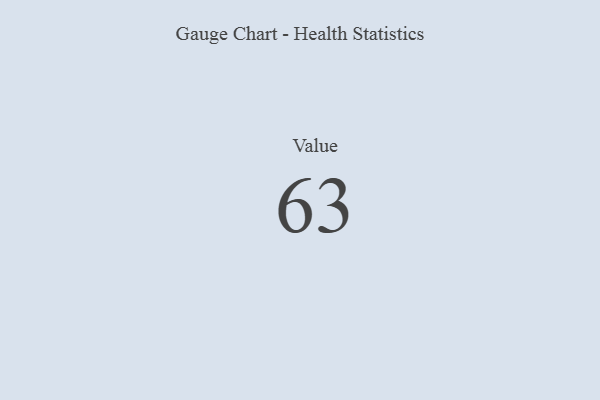
{"axis": {"x": "Metric", "y": "Value"}, "legend": [""], "data": [{"x": "Value", "y": 63, "type": ""}]}